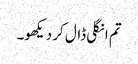
تم انگلی ڈال کر دیکھو۔